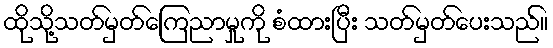
ထိုသို့သတ်မှတ်ကြေညာမှုကို စံထားပြီး သတ်မှတ်ပေးသည်။